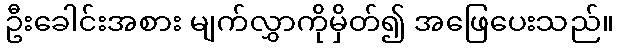
ဦးခေါင်းအစား မျက်လွှာကိုမှိတ်၍ အဖြေပေးသည်။